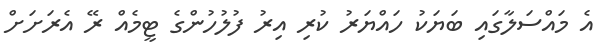
އެ މައްސަލާގައި ބަޔަކު ހައްޔަރު ކުރި އިރު ފުލުހުންގެ ޓީމެއް ރޭ އެރަށަށް